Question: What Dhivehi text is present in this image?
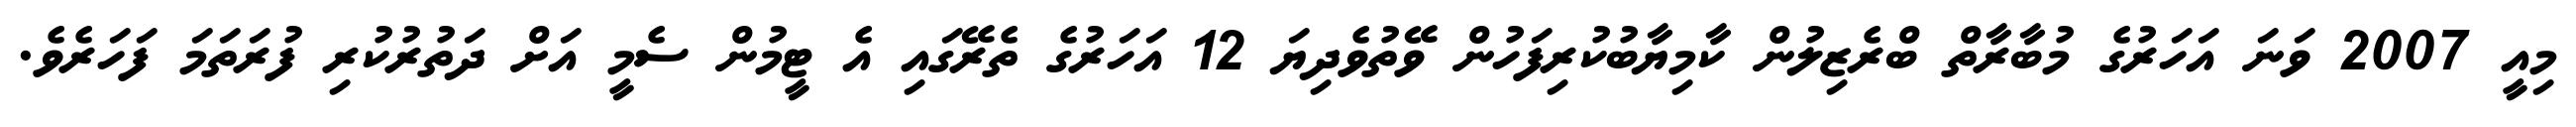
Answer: މިއީ 2007 ވަނަ އަހަރުގެ މުބާރާތް ބްރެޒިލުން ކާމިޔާބުކުރިފަހުން ވޭތުވެދިޔަ 12 އަހަރުގެ ތެރޭގައި އެ ޓީމުން ސެމީ އަށް ދަތުރުކުރި ފުރަތަމަ ފަހަރެވެ.